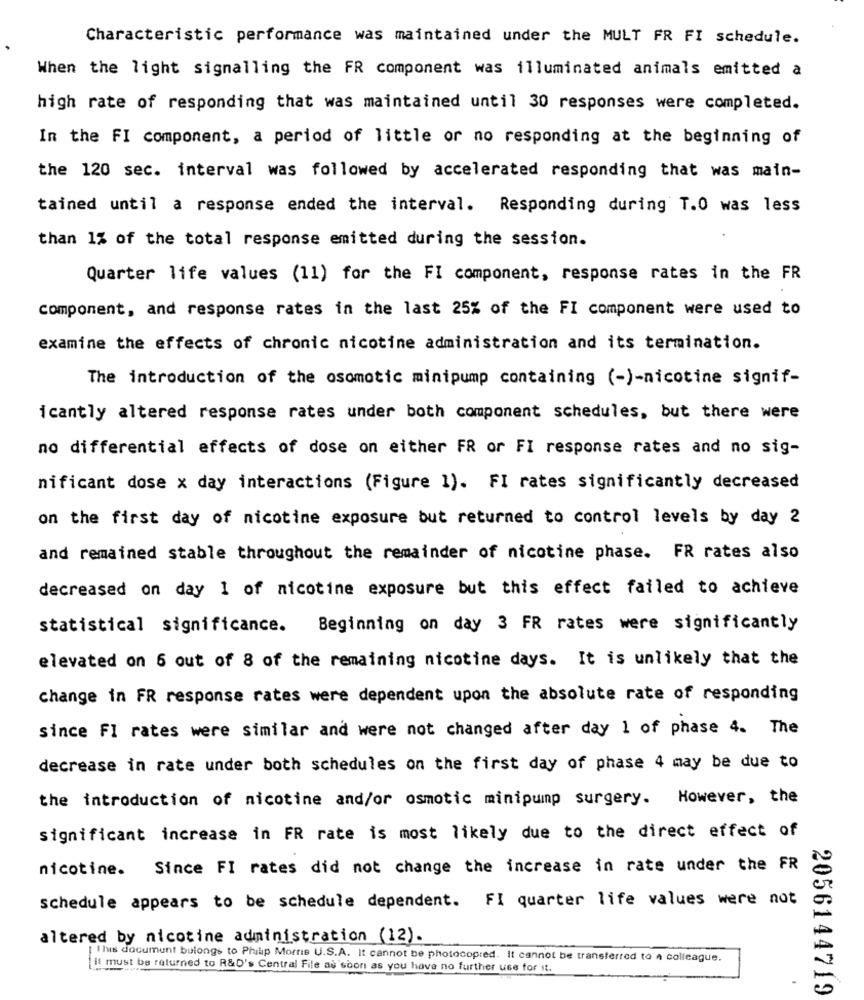
Characteristic performance was maintained under the MULT FR FI schedule.
When the light signalling the FR component was illuminated animals emitted a
high rate of responding that was maintained until 30 responses were completed.
In the FI component, a period of little or no responding at the beginning of
the 120 sec. interval was followed by accelerated responding that was main-
tained until a response ended the interval. Responding during T.0 was less
than 1% of the total response emitted during the session.
Quarter life values (11) for the FI component, response rates in the FR
component, and response rates in the last 25% of the FI component were used to
examine the effects of chronic nicotine administration and its termination.
The introduction of the osomotic minipump containing (-)-nicotine signif-
icantly altered response rates under both component schedules, but there were
no differential effects of dose on either FR or FI response rates and no sig-
nificant dose x day interactions (Figure 1). FI rates significantly decreased
on the first day of nicotine exposure but returned to control levels by day 2
and remained stable throughout the remainder of nicotine phase. FR rates also
decreased on day 1 of nicotine exposure but this effect failed to achieve
statistical significance. Beginning on day 3 FR rates were significantly
elevated on 6 out of 8 of the remaining nicotine days. It is unlikely that the
change in FR response rates were dependent upon the absolute rate of responding
since FI rates were similar and were not changed after day 1 of phase 4. The
decrease in rate under both schedules on the first day of phase 4 may be due to
the introduction of nicotine and/or osmotic minipump surgery. However, the
significant increase in FR rate is most likely due to the direct effect of
nicotine. Since FI rates did not change the increase in rate under the FR
schedule appears to be schedule dependent. FI quarter life values were not
altered by nicotine administration (12).
Iluis document bulongs to Philip Morris U.S.A. It cannot be photocopred. It cannot be transferred to a colleague.
If must be returned to R&D's Central File as soon as you have no further use for it.
2056144719